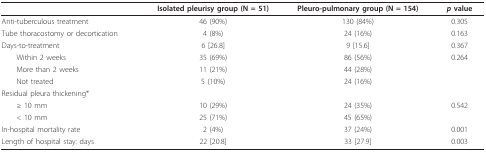
|  | Isolated pleurisy group (N = 51) | Pleuro-pulmonary group (N = 154) | p value |
 | --- | --- | --- | --- |
 | Anti-tuberculous treatment | 46 (90%) | 130 (84%) | 0.305 |
 | Tube thoracostomy or decortication | 4 (8%) | 24 (16%) | 0.163 |
 | Days-to-treatment | 6 [26.8] | 9 [15.6] | 0.367 |
 | Within 2 weeks | 35 (69%) | 86 (56%) | 0.264 |
 | More than 2 weeks | 11 (21%) | 44 (28%) |  |
 | Not treated | 5 (10%) | 24 (16%) |  |
 | Residual pleura thickening* |  |  |  |
 | ≥ 10 mm | 10 (29%) | 24 (35%) | 0.542 |
 | < 10 mm | 25 (71%) | 45 (65%) |  |
 | In-hospital mortality rate | 2 (4%) | 37 (24%) | 0.001 |
 | Length of hospital stay: days | 22 [20.8] | 33 [27.9] | 0.003 |